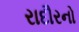
રાદૌરનો